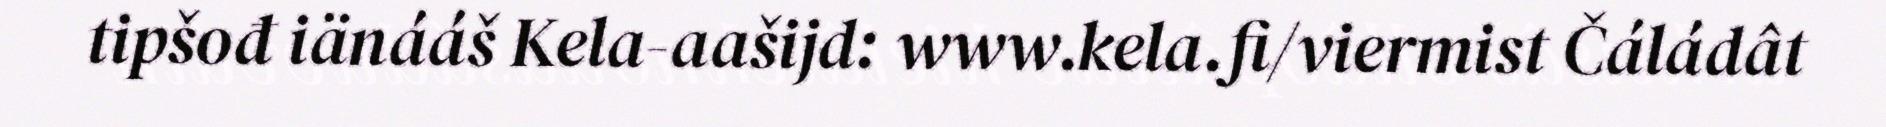
tipšođ iänááš Kela-aašijd: www.kela.fi/viermist Čáládât